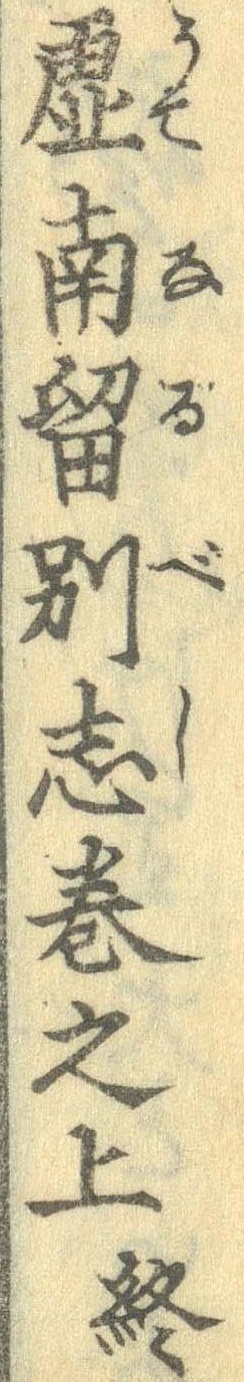
虚南留別志巻之上終